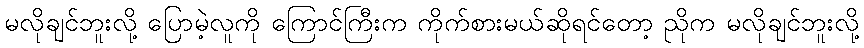
မလိုချင်ဘူးလို့ ပြောမဲ့လူကို ကြောင်ကြီးက ကိုက်စားမယ်ဆိုရင်တော့ ညိုက မလိုချင်ဘူးလို့